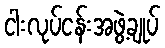
ငါးလုပ်ငန်းအဖွဲ့ချုပ်